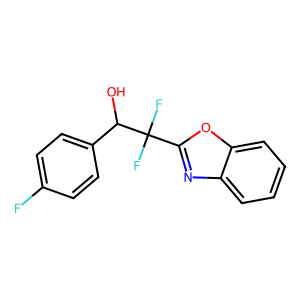
SMILES: OC(c1ccc(F)cc1)C(F)(F)c1nc2ccccc2o1
Inhibits HIV replication: No